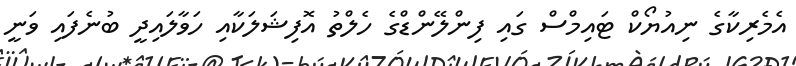
އެމެރިކާގެ ނިއުޔޯކް ޓައިމްސް ގައި ފިންލޭންޑްގެ ހެލްތު އޮފިޝަލަކާއި ހަވާލައިދީ ބުނެފައި ވަނީ